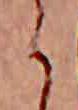
ら